Punjab Mental Hospital Lahore 1932-46 - 1932-1946
Year: 1932
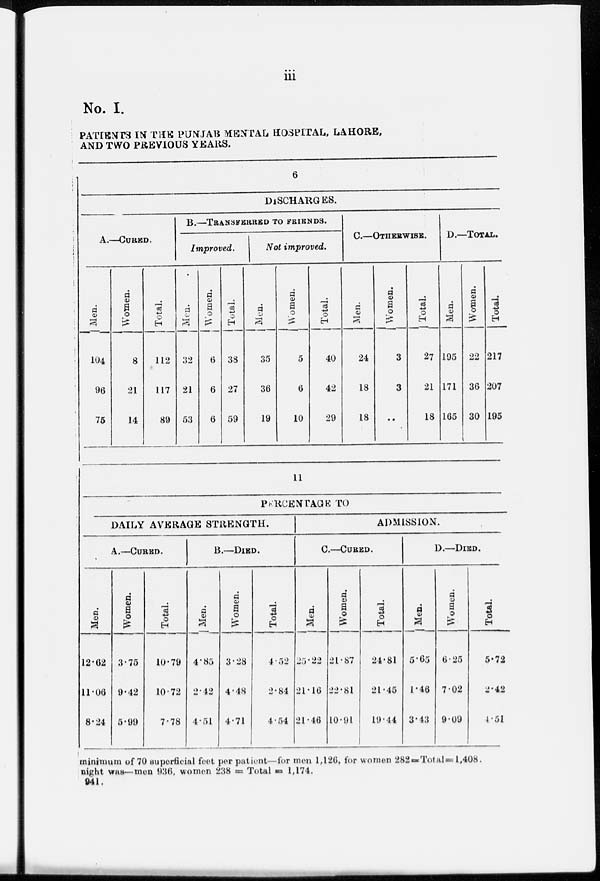
iii
No. I.
PATIENTS IN THE PUNJAB MENTAL HOSPITAL, LAHORE,
AND TWO PREVIOUS YEARS.
6
DISCHARGES.
A.—CURED.
Men.
104
96
75
Women.
8
21
14
Total.
112
117
89
B.—TRANSFERRED TO FRIENDS.
Improved.
Men.
32
21
53
Women.
6
6
6
Total.
38
27
59
Not improved.
Men.
35
36
19
Women.
5
6
10
Total.
40
42
29
C.—OTHERWISE.
Men.
24
18
18
Women.
3
3
..
Total.
27
21
18
D.— TOTAL.
Men.
195
171
165
Women.
22
36
30
Total.
217
207
195
11
PERCENTAGE TO
DAILY AVERAGE STRENGTH.
A.—CURED.
Men.
12.62
11.06
8.24
Women.
3.75
9.42
5.99
Total.
10.79
10.72
7.78
B.—DIED.
Men.
4.85
2.42
4.51
Women.
3.28
4.48
4.71
Total.
4.52
2.84
4.54
ADMISSION.
C.—CURED.
Men.
25.22
21.16
21.46
Women.
21.87
22.81
10.91
Total.
24.81
21.45
19.44
D.—DIED.
Men.
5.65
1.46
3.43
Women.
6.25
7.02
9.09
Total.
5.72
2.42
4.51
minimum of 70 superficial feet per patient—for men 1,126, for women 282 = Total =1,408.
night was—men 936, women 238 = Total = 1,174.
941.